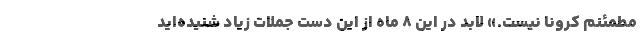
مطمئنم کرونا نیست.» لابد در این ۸ ماه از این دست جملات زیاد شنیده‌اید